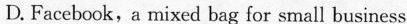
D.Facebook, a mixed beg for sma!l business